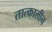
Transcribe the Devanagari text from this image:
तात्‍कालीन